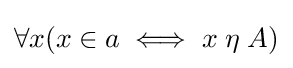
\forall x(x\in a\iff x\;\eta \;A)